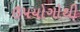
ઉપયોગોથી